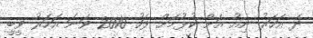
ދެ އަހަރު ނިއު އަށް ކުޅުމަށް ފަހު 2010 ވަނަ އަހަރު ވީބީ